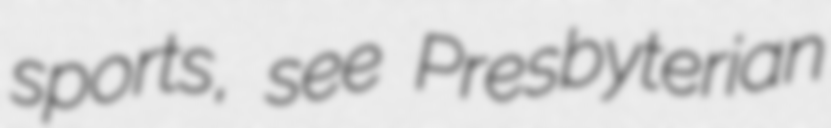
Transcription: sports, see Presbyterian